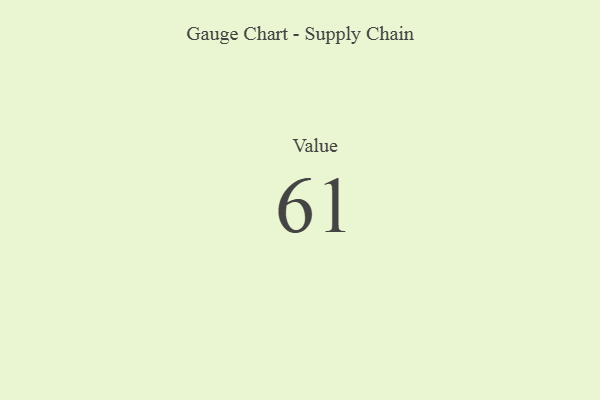
{"axis": {"x": "Metric", "y": "Value"}, "legend": [""], "data": [{"x": "Value", "y": 61, "type": ""}]}